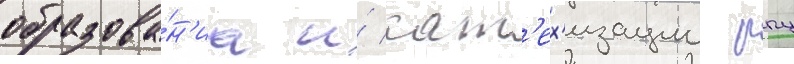
образова́н'иа и́ кат'ех'изации рпц